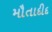
મૌતાદીદ